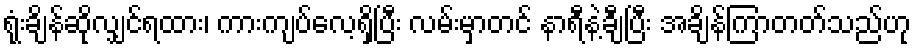
ရုံးချိန်ဆိုလျှင်ရထား၊ ကားကျပ်လေ့ရှိပြီး လမ်းမှာတင် နာရီနဲ့ချီပြီး အချိန်ကြာတတ်သည်ဟု